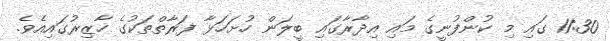
11:30 ގައި މި ކުންފުނީގެ މައި އިދާރާގައި ބީލަން ހުށަހަޅާ ފަރާތްތަކުގެ ހާޒިރުގައިއެވެ.